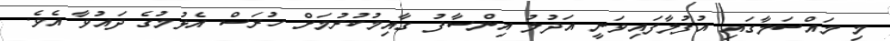
މި މައްސަލާގައި އުފުލާފައިވަނީ އަދުލު އިންސާފު ގާއިމުކުރުމަށް ހުރަސް އެޅުމުގެ ދައުވާ އެވެ.